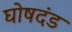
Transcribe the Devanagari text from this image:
घोषदंड